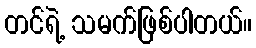
တင်ရဲ့ သမက်ဖြစ်ပါတယ်။